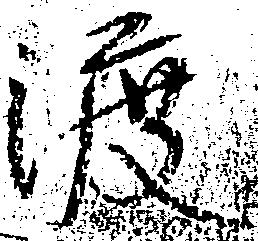
渡